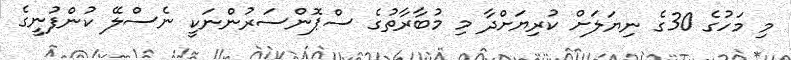
މި މަހުގެ 30ގެ ނިޔަލަށް ކުރިޔަށްދާ މި މުބާރާތުގެ ސްޕޮންސަރުންނަކީ ނެސްލޭ ކުންފުނީގެ